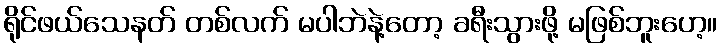
ရိုင်ဖယ်သေနတ် တစ်လက် မပါဘဲနဲ့တော့ ခရီးသွားဖို့ မဖြစ်ဘူးဟေ့။